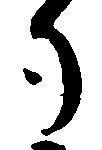
勺